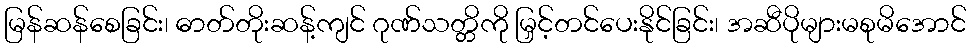
မြန်ဆန်စေခြင်း၊ ဓာတ်တိုးဆန့်ကျင် ဂုဏ်သတ္တိကို မြှင့်တင်ပေးနိုင်ခြင်း၊ အဆီပိုများမစုမိအောင်